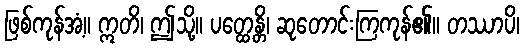
ဖြစ်ကုန်အံ့။ ဣတိ၊ ဤသို့။ ပတ္ထေန္တိ၊ ဆုတောင်းကြကုန်၏။ တဿာပိ၊